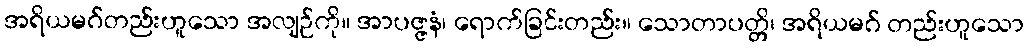
အရိယမဂ်တည်းဟူသော အလျဉ်ကို။ အာပဇ္ဇနံ၊ ရောက်ခြင်းတည်း။ သောတာပတ္တိ၊ အရိယမဂ် တည်းဟူသော